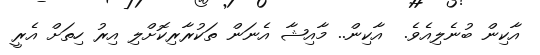
އާކިން ބުނެލިއެވެ.  އާކިން.. މާއިޝާ އެނަން ތަކުރާރިކޮށްލި އިރު ހިތަށް އެރީ